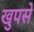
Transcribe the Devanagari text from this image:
खुपसे